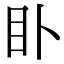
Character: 𥃨